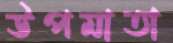
উপমাতা